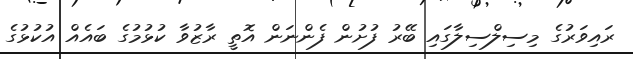
ރައިވަރުގެ މިސިލްސިލާގައި ބޭރު ފުށުން ފެންނަން އޮތީ ރާޒުވާ ކުޅުމުގެ ބައެއް އުކުޅުގެ